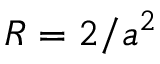
{ \cal R } = 2 / a ^ { 2 }